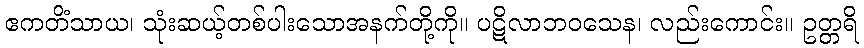
ဧကတိံသာယ၊ သုံးဆယ့်တစ်ပါးသောအနက်တို့ကို။ ပဋိလာဘဝသေန၊ လည်းကောင်း။ ဥတ္တရိ